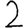
Digit: 2